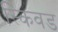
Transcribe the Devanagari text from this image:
स्किवड